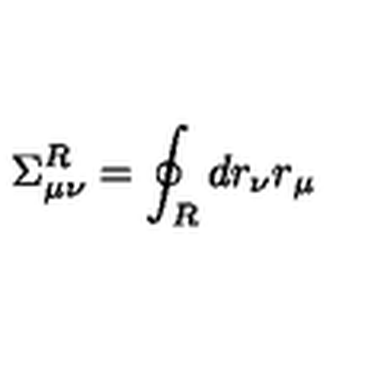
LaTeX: \Sigma _ { \mu \nu } ^ { R } = \oint _ { R } d r _ { \nu } r _ { \mu }